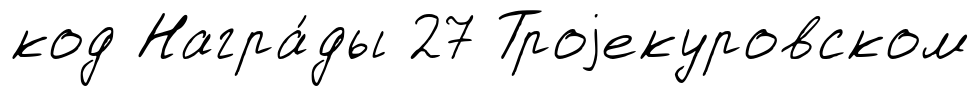
код Награ́ды 27 Троjекуровском